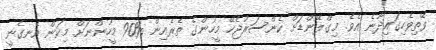
ވޭތިވެހިގައިދާނެ އެވެ. މިގްލޭންޑަށް ކެންސަރުޖެހޭ މީހުންގެ ތެރެއިން %90 މީހުންނަށް މިކަން އެނގެނީ